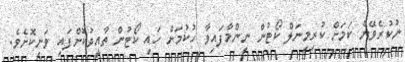
ނުކުރެވޭނެ ކަމަށް ކުރިމިނަލް ކޯޓުން ނިންމާފައިވާ ހުކުމަށް ހައި ކޯޓުން ތާއީދުކޮށްފައި ވަނިކޮށެވެ.